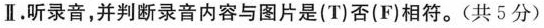
Ⅱ.听录音，并判断录音内容与图片是(T)否(F)相符。(共5分)